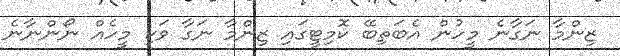
ޒިންމާ ނަގާނެ މީހުން އެބަތިބޭ ކޮމިޓީގައި ޒިންމާ ނަގާ ވަކި މީހެއް ނޯންނާނެ